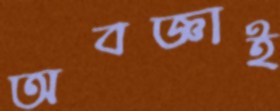
অবজ্ঞাই